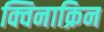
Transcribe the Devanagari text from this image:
क्विनाक्रिन